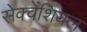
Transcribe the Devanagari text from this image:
सेक्वेंशियल